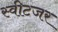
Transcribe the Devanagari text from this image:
स्वीटजर